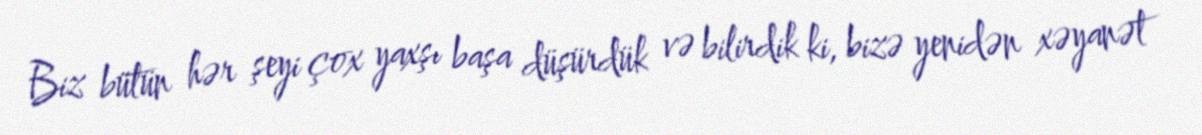
Biz bütün hər şeyi çox yaxşı başa düşürdük və bilirdik ki, bizə yenidən xəyanət